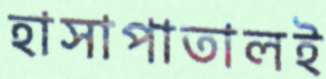
হাসাপাতালই